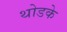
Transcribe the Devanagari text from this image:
थोडके